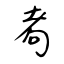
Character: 耇